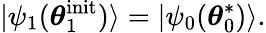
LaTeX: |\psi_{1}(\boldsymbol{\theta}_{1}^{\mathrm{init}})\rangle=|\psi_{0}(\boldsymbol{\theta}_{0}^{*})\rangle.